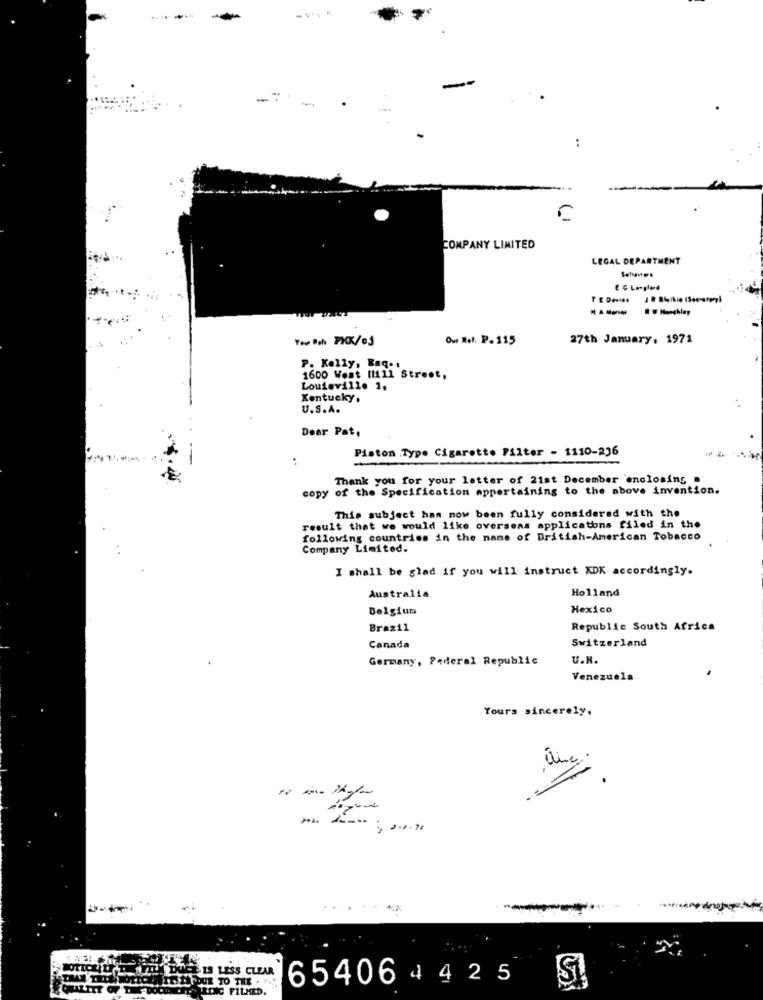
- VI4 .
:
COMPANY LIMITED
LEGAL DEPARTMENT
Our Rol: P. 115
27th January, 1971
P. Kelly, Raq ..
1600 Went [1111 Street,
Louisville 1.
Kentucky,
U.S.A.
Dear Pat,
Piston Type Cigarette Filter - 1110-236
:
Thank you for your letter of 21st December enclosing .
copy of the Specification mppertaining to the above invention.
This subject has now been fully considered with the
result that we would like overseas applications filed in the
following countries in the name of British-American Tobacco
Company Limited.
I shall be glad if you will instruct XDK accordingly.
Holland
Australia
Belgium
Hexico
Brazil
Republic South Africa
Switzerland
Canada
Germany, Federal Republic
U.N.
Venezuela
Yours sincerely,
LOTICHO I WILL! DUELIS LESS CLEAR
654064425